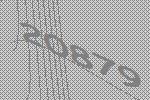
20879